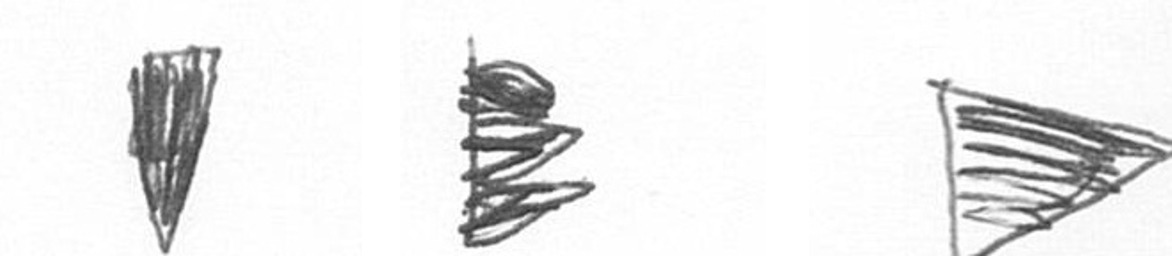
J H T